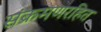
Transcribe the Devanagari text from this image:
संक्रमणरहित